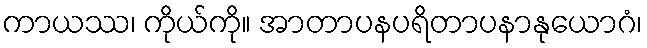
ကာယဿ၊ ကိုယ်ကို။ အာတာပနပရိတာပနာနုယောဂံ၊